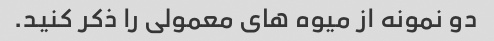
دو نمونه از میوه های معمولی را ذکر کنید.